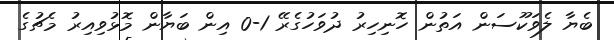
ބެޔާ ލެވަކޫސަން އަތުން ހޮނިހިރު ދުވަހުގެރޭ 1-0 އިން ބަޔާން މޮޅުވިއިރު މެޗުގެ